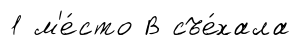
1 м'е́сто В съе́хала